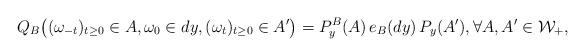
LaTeX: \begin{align*}Q_B\big((\omega_{-t})_{t\geq 0}\in A, \omega_0\in dy, (\omega_t)_{t\geq 0} \in A'\big)= P_y^B(A)\, e_B(dy)\, P_y(A'),\forall A, A'\in \mathcal W_+,\end{align*}